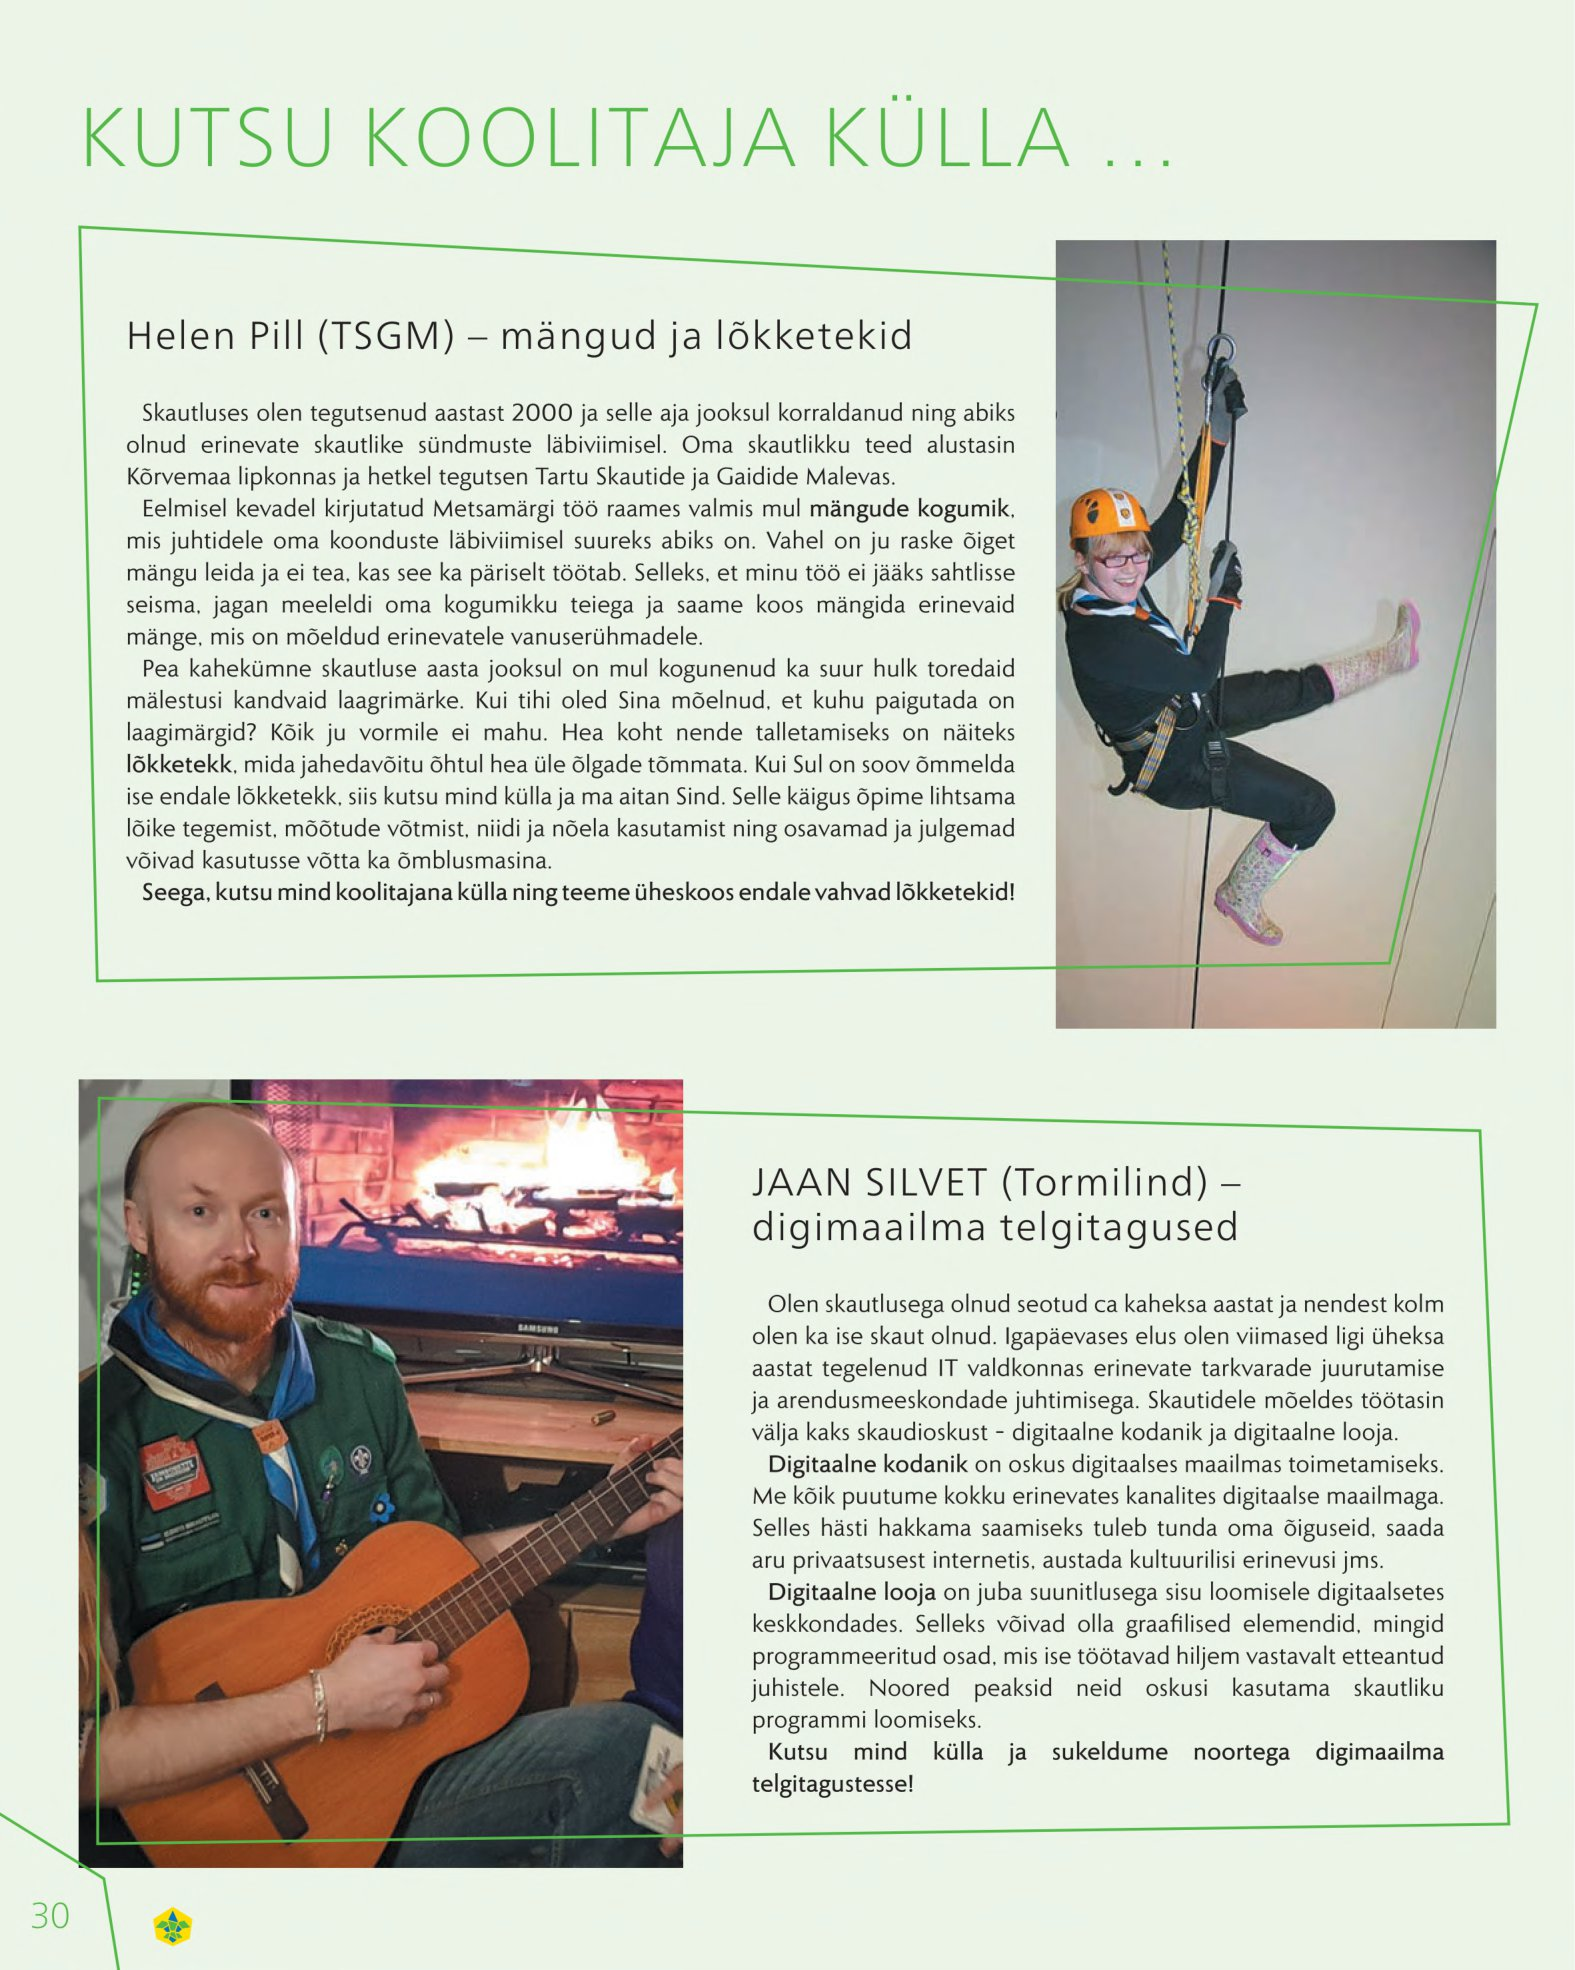
Language: et